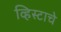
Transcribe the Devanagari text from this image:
व्हिस्टाचे